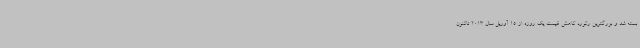
بسته شد و بزرگترین رکورد کاهش قیمت یک روزه از 15 آوریل سال 2013 تاکنون